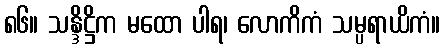
၈၆။ သန္ဒိဋ္ဌိက မထော ပါရ၊ လောကိကံ သမ္ပရာယိကံ။